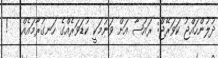
ދުލުންހައްޖު ކަަވަރޭޖް: ރައުޟާ އަށް ވަނުމަކީ ކުޑަވަރެއްގެ ހަނގުރާމައެއް   !